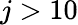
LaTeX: j>10